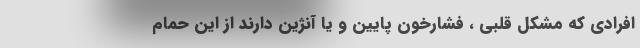
افرادی که مشکل قلبی ، فشارخون پایین و یا آنژین دارند از این حمام